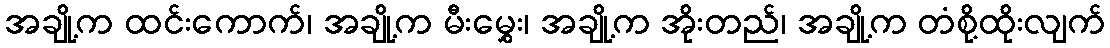
အချို့က ထင်းကောက်၊ အချို့က မီးမွှေး၊ အချို့က အိုးတည်၊ အချို့က တံစို့ထိုးလျက်